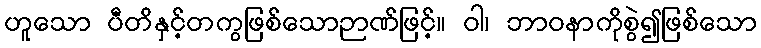
ဟူသော ပီတိနှင့်တကွဖြစ်သောဉာဏ်ဖြင့်။ ဝါ၊ ဘာဝနာကိုစွဲ၍ဖြစ်သော